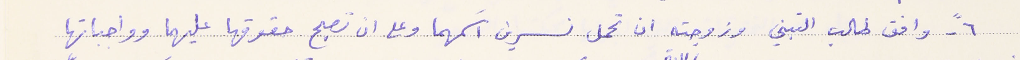
٦- وافق طالب التبني وزوجته ان تحمل نسرين اسَمهما وعلى ان تصبح حقوقها عليهما وواجباتها